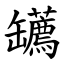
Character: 䍎